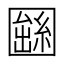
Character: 𡈫